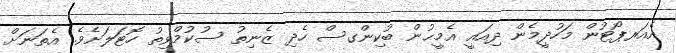
އެއަރޕޯޓުން މަހުދީމެން ދިއައީ އެމީޙުން ބުކިންގސް ހެދި ޒެނިތު ސުކުމްވިތު ހޮޓަލަށެވެ. އެތަނަށް